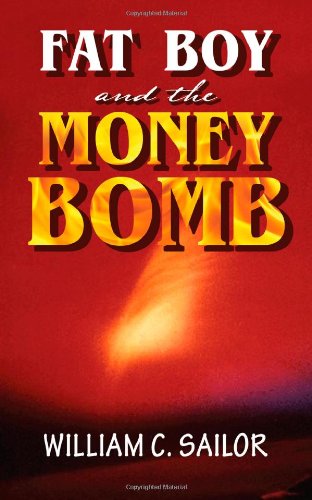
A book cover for Fat Boy and the Money Bomb; William C Sailor; Science & Math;